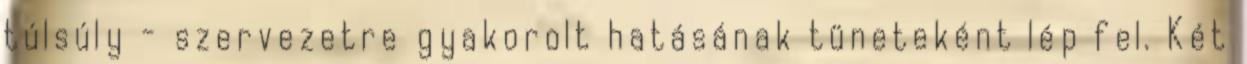
túlsúly - szervezetre gyakorolt hatásának tüneteként lép fel. Két